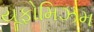
યૂફોમિઝમ